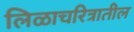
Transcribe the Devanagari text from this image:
लिळाचरित्रातील